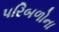
પરિબળોના